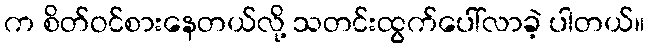
က စိတ်ဝင်စားနေတယ်လို့ သတင်းထွက်ပေါ်လာခဲ့ ပါတယ်။